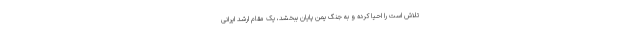
تلاش است را احیا کرده و به جنگ یمن پایان ببخشد، یک مقام ارشد ایرانی